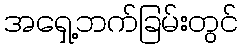
အရှေ့ဘက်ခြမ်းတွင်